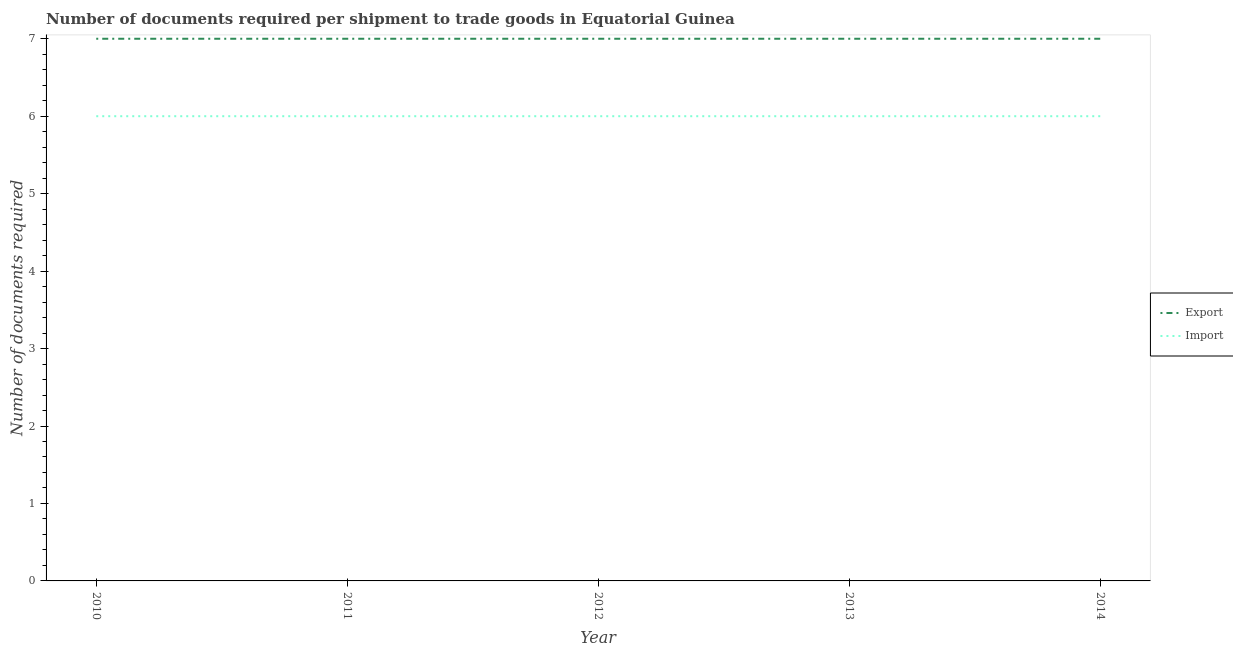
| Year | Export | Import |
 | --- | --- | --- |
 | 2010 | 7 | 6 |
 | 2011 | 7 | 6 |
 | 2012 | 7 | 6 |
 | 2013 | 7 | 6 |
 | 2014 | 7 | 6 |